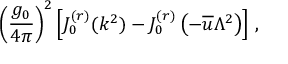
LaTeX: \left( \frac { g _ { 0 } } { 4 \pi } \right) ^ { 2 } \left[ J _ { 0 } ^ { ( r ) } ( k ^ { 2 } ) - J _ { 0 } ^ { ( r ) } \left( - \overline { { { u } } } \Lambda ^ { 2 } \right) \right] \, ,